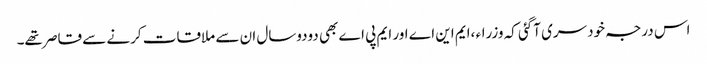
اس درجہ خودسری آگئی کہ وزراء ،ایم این اے اور ایم پی اے بھی دودوسال ان سے ملاقات کرنے سے قاصر تھے۔